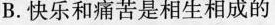
B.快乐和痛苦是相生相成的